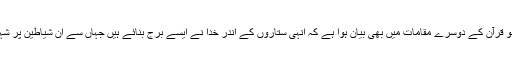
دوسرا پہلو اس کا وہی ہے جس کی طرف ہم سابق سورہ میں بھی اشارہ کر چکے ہیں اور جو قرآن کے دوسرے مقامات میں بھی بیان ہوا ہے کہ انہی ستاروں کے اندر خدا نے ایسے برج بنائے ہیں جہاں سے ان شیاطین پر شہاب ثاقب کی مار پڑتی ہے جو خدا کے ممنوعہ حدود میں دراندازی کی جسارت کرتے ہیں۔